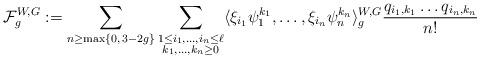
LaTeX: \begin{align*}\mathcal{F}_g^{W,G}:= \sum_{\substack{n \geq \max\{ 0, \, 3-2g\}} } \sum_{\substack{ 1\leq i_1,\dots, i_n\leq \ell \\ k_1, \dots, k_n\ge0 }}\langle \xi_{i_1}\psi_1^{k_1}, \ldots, \xi_{i_n}\psi_n^{k_n} \rangle_{g}^{W,G} \frac{q_{i_1, k_1} \ldots q_{i_n, k_n}}{n!}\end{align*}